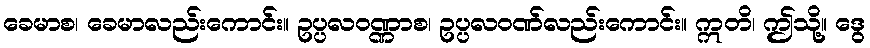
ခေမာစ၊ ခေမာလည်းကောင်း။ ဥပ္ပလဝဏ္ဏာစ၊ ဥပ္ပလဝဏ်လည်းကောင်း။ ဣတိ၊ ဤသို့။ ဒွေ